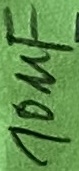
Text: 10µF